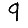
Digit: 9